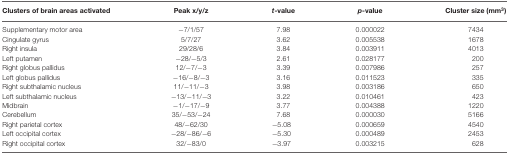
<table><thead><tr><td><b>Clusters of brain areas activated</b></td><td><b>Peak x/y/z</b></td><td><b><i>t</i>-value</b></td><td><b><i>p</i>-value</b></td><td><b>Cluster size (mm<sup>3</sup>)</b></td></tr></thead><tbody><tr><td>Supplementary motor area</td><td>−7/1/57</td><td>7.98</td><td>0.000022</td><td>7434</td></tr><tr><td>Cingulate gyrus</td><td>5/7/27</td><td>3.62</td><td>0.005538</td><td>1678</td></tr><tr><td>Right insula</td><td>29/28/6</td><td>3.84</td><td>0.003911</td><td>4013</td></tr><tr><td>Left putamen</td><td>−28/−5/3</td><td>2.61</td><td>0.028177</td><td>200</td></tr><tr><td>Right globus pallidus</td><td>12/−7/−3</td><td>3.39</td><td>0.007986</td><td>257</td></tr><tr><td>Left globus pallidus</td><td>−16/−8/−3</td><td>3.16</td><td>0.011523</td><td>335</td></tr><tr><td>Right subthalamic nucleus</td><td>11/−11/−3</td><td>3.98</td><td>0.003186</td><td>650</td></tr><tr><td>Left subthalamic nucleus</td><td>−13/−11/−3</td><td>3.22</td><td>0.010461</td><td>423</td></tr><tr><td>Midbrain</td><td>−1/−17/−9</td><td>3.77</td><td>0.004388</td><td>1220</td></tr><tr><td>Cerebellum</td><td>35/−53/−24</td><td>7.68</td><td>0.000030</td><td>5166</td></tr><tr><td>Right parietal cortex</td><td>48/−62/30</td><td>−5.08</td><td>0.000659</td><td>4540</td></tr><tr><td>Left occipital cortex</td><td>−28/−86/−6</td><td>−5.30</td><td>0.000489</td><td>2453</td></tr><tr><td>Right occipital cortex</td><td>32/−83/0</td><td>−3.97</td><td>0.003215</td><td>628</td></tr></tbody></table>